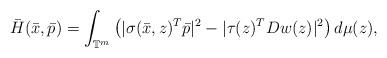
LaTeX: \begin{align*}\bar{H}(\bar{x}, \bar{p})= \int_{\mathbb{T}^m} \left (|\sigma(\bar{x}, z)^T \bar{p}|^2 - |\tau(z)^T Dw(z)|^2\right) d\mu(z),\end{align*}